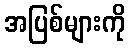
အပြစ်များကို